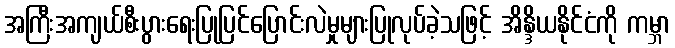
အကြီးအကျယ်စီးပွားရေးပြုပြင်ပြောင်းလဲမှုများပြုလုပ်ခဲ့သဖြင့် အိန္ဒိယနိုင်ငံကို ကမ္ဘာ